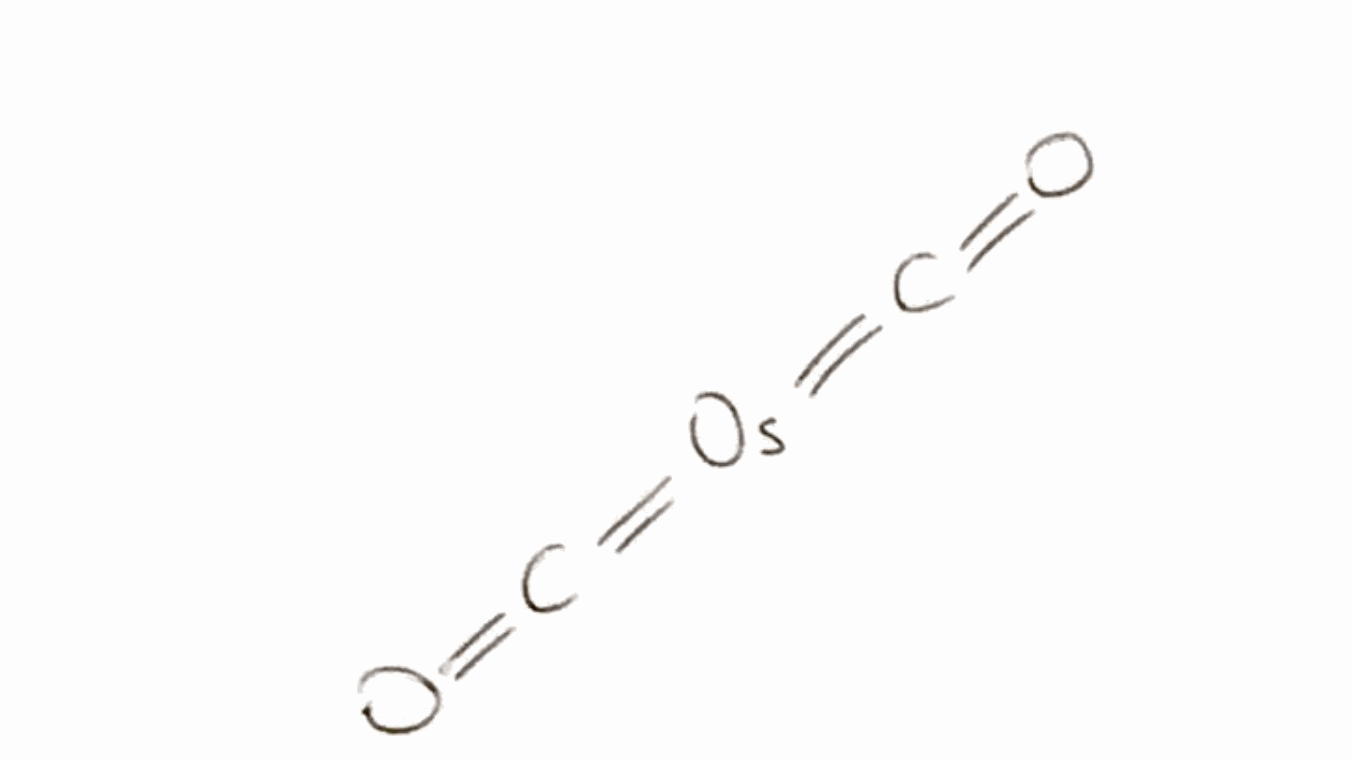
Simplified molecular-input line-entry system (SMILES) notation of the given molecule:
C(=O)=[Os]=C=O